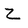
Character: Z